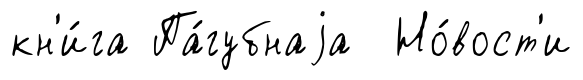
кн'и́га Па́губнаjа Но́вост'и